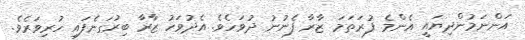
އަންނަމުންދިޔައީ އެންމެ ފުރަތަމަ ޒާރާ ފެނުނު ދުވަހެވެ. އެދުވަހު ޒާރާ ބިރުގަނެފައި ހުރިވަރެވެ.